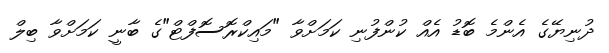
ދުނިޔޭގެ އެންމެ ބޮޑު އެއް ކުންފުނި ކަމަށްވާ "މައިކްރޮސޮފްޓް"ގެ ބާނީ ކަމަށްވާ ބިލް